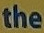
the